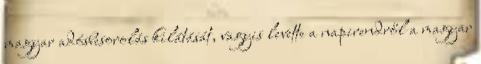
magyar adósbesorolás kilátását, vagyis levette a napirendről a magyar